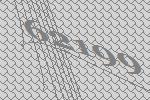
62199